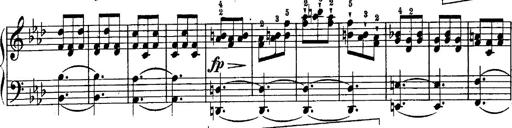
Title: Schubert's Impromptus [revised and edited by Franz Liszt]
Composer: Franz Liszt